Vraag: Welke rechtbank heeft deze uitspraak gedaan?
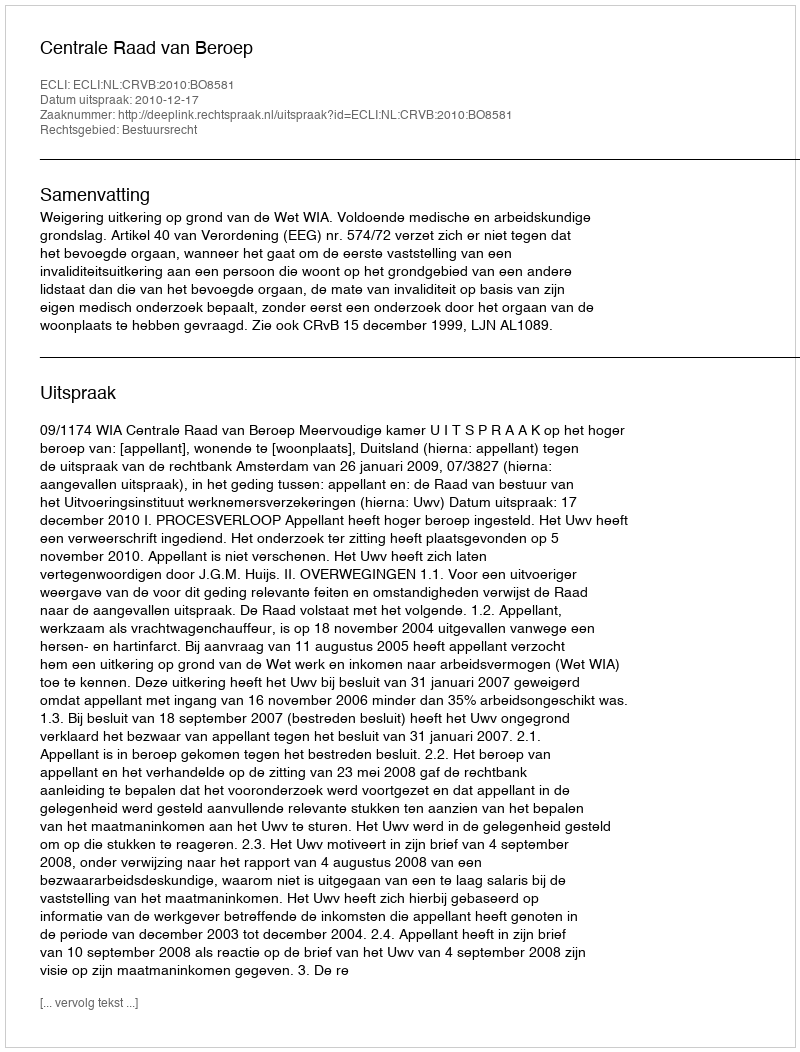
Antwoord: Centrale Raad van Beroep